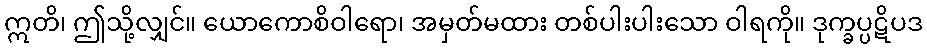
ဣတိ၊ ဤသို့လျှင်။ ယောကောစိဝါရော၊ အမှတ်မထား တစ်ပါးပါးသော ဝါရကို။ ဒုက္ခပ္ပဋိပဒ